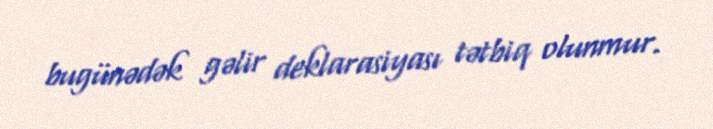
bugünədək gəlir deklarasiyası tətbiq olunmur.